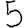
Digit: 5